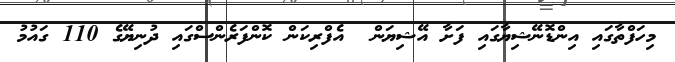
މިހަފްތާގައި އިންޑޮނޭޝިޔާގައި ފަށާ އޭޝިޔަން  އެފްރިކަން ކޮންފަރެންސްގައި ދުނިޔޭގެ 110 ގައުމު